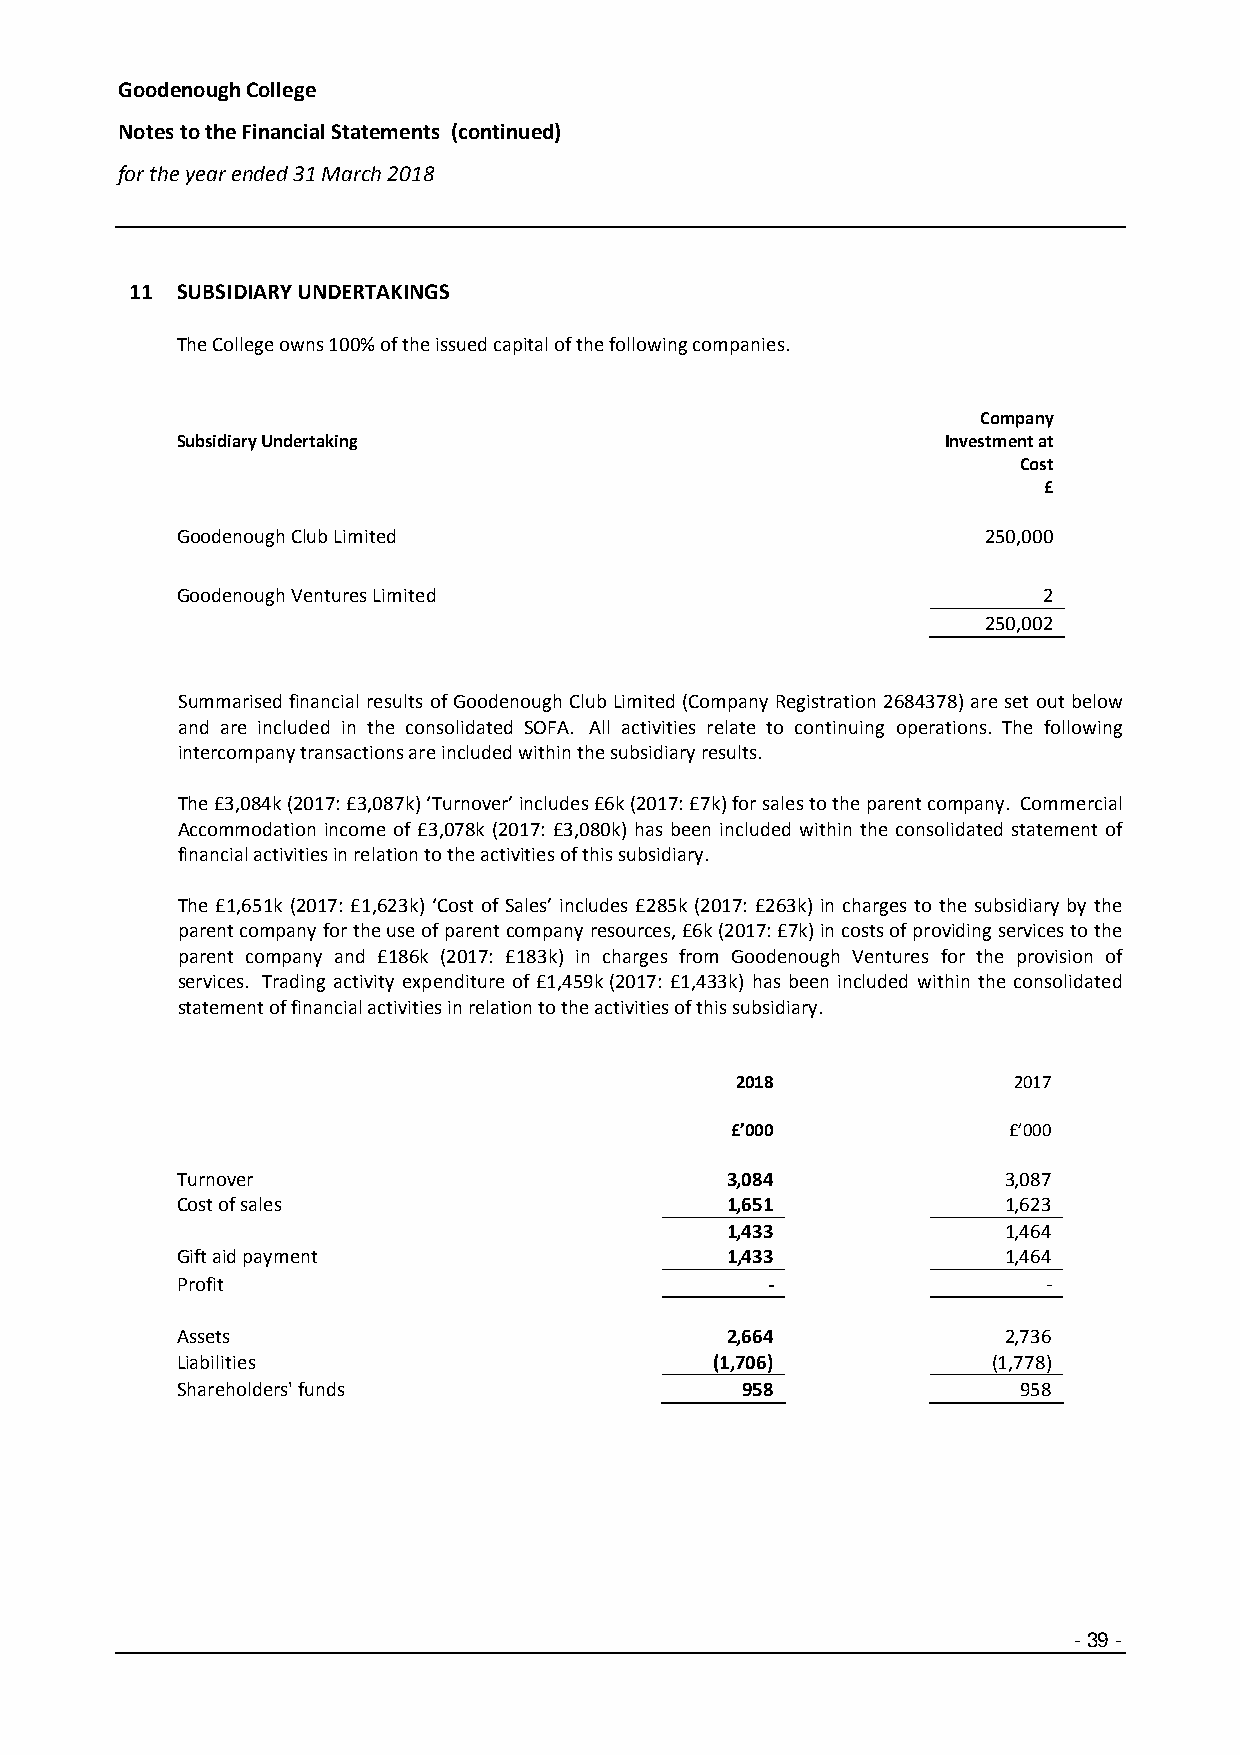
Goodenough College
 Notes to the Financial Statements (continued)
 for the year ended 31 March 2018
 11 SUBSIDIARY UNDERTAKINGS
 The College owns 100% of the issued capital of the following companies.
 Company
 Subsidiary Undertaking                             Investment at
 Cost
 £
 Goodenough Club Limited                              250,000
 Goodenough Ventures Limited                              2
 250,002
 Summarised financial results of Goodenough Club Limited (Company Registration 2684378) are set out below
 and are included in the consolidated SOFA. All activities relate to continuing operations. The following
 intercompany transactions are included within the subsidiary results.
 The £3,084k (2017: £3,087k) ‘Turnover’ includes £6k (2017: £7k) for sales to the parent company. Commercial
 Accommodation income of £3,078k (2017: £3,080k) has been included within the consolidated statement of
 financial activities in relation to the activities of this subsidiary.
 The £1,651k (2017: £1,623k) ‘Cost of Sales’ includes £285k (2017: £263k) in charges to the subsidiary by the
 parent company for the use of parent company resources, £6k (2017: £7k) in costs of providing services to the
 parent company and £186k (2017: £183k) in charges from Goodenough Ventures for the provision of
 services. Trading activity expenditure of £1,459k (2017: £1,433k) has been included within the consolidated
 statement of financial activities in relation to the activities of this subsidiary.
 2018              2017
 £’000              £’000
 Turnover                            3,084             3,087
 Cost of sales                       1,651             1,623
 1,433             1,464
 Gift aid payment                    1,433             1,464
 Profit                                 -                 -
 Assets                              2,664             2,736
 Liabilities                        (1,706)            (1,778)
 Shareholders' funds                  958                958
 -39 -